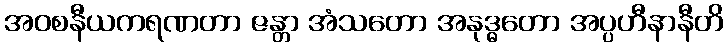
အဝစနီယကရဏတာ ဇန္တာ အံသတော အနုဒ္ဓတော အပ္ပဟီနာနီတိ